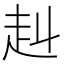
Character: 赳